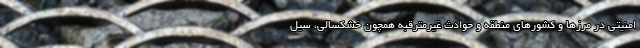
امنیتی در مرزها و کشورهای منطقه و حوادث غیرمترقبه همچون خشکسالی، سیل